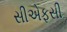
સીએફસી